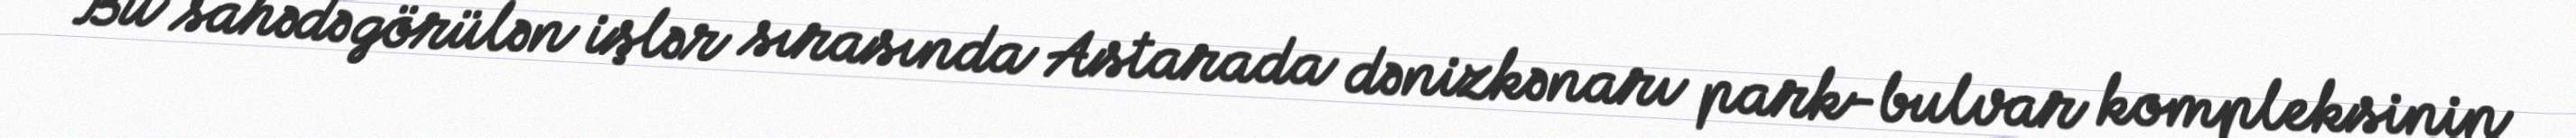
Bu sahədə görülən işlər sırasında Astarada dənizkənarı park-bulvar kompleksinin